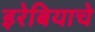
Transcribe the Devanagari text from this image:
इरेबियाचे